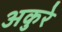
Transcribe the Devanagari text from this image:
अकुरे